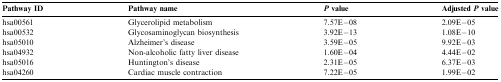
<table><thead><tr><td><b>Pathway ID</b></td><td><b>Pathway name</b></td><td><b><i>P</i> value</b></td><td><b>Adjusted <i>P</i> value</b></td></tr></thead><tbody><tr><td>hsa00561</td><td>Glycerolipid metabolism</td><td>7.57E−08</td><td>2.09E−05</td></tr><tr><td>hsa00532</td><td>Glycosaminoglycan biosynthesis</td><td>3.92E−13</td><td>1.08E−10</td></tr><tr><td>hsa05010</td><td>Alzheimer’s disease</td><td>3.59E−05</td><td>9.92E−03</td></tr><tr><td>hsa04932</td><td>Non-alcoholic fatty liver disease</td><td>1.60E−04</td><td>4.44E−02</td></tr><tr><td>hsa05016</td><td>Huntington’s disease</td><td>2.31E−05</td><td>6.37E−03</td></tr><tr><td>hsa04260</td><td>Cardiac muscle contraction</td><td>7.22E−05</td><td>1.99E−02</td></tr></tbody></table>